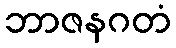
ဘာဇနဂတံ